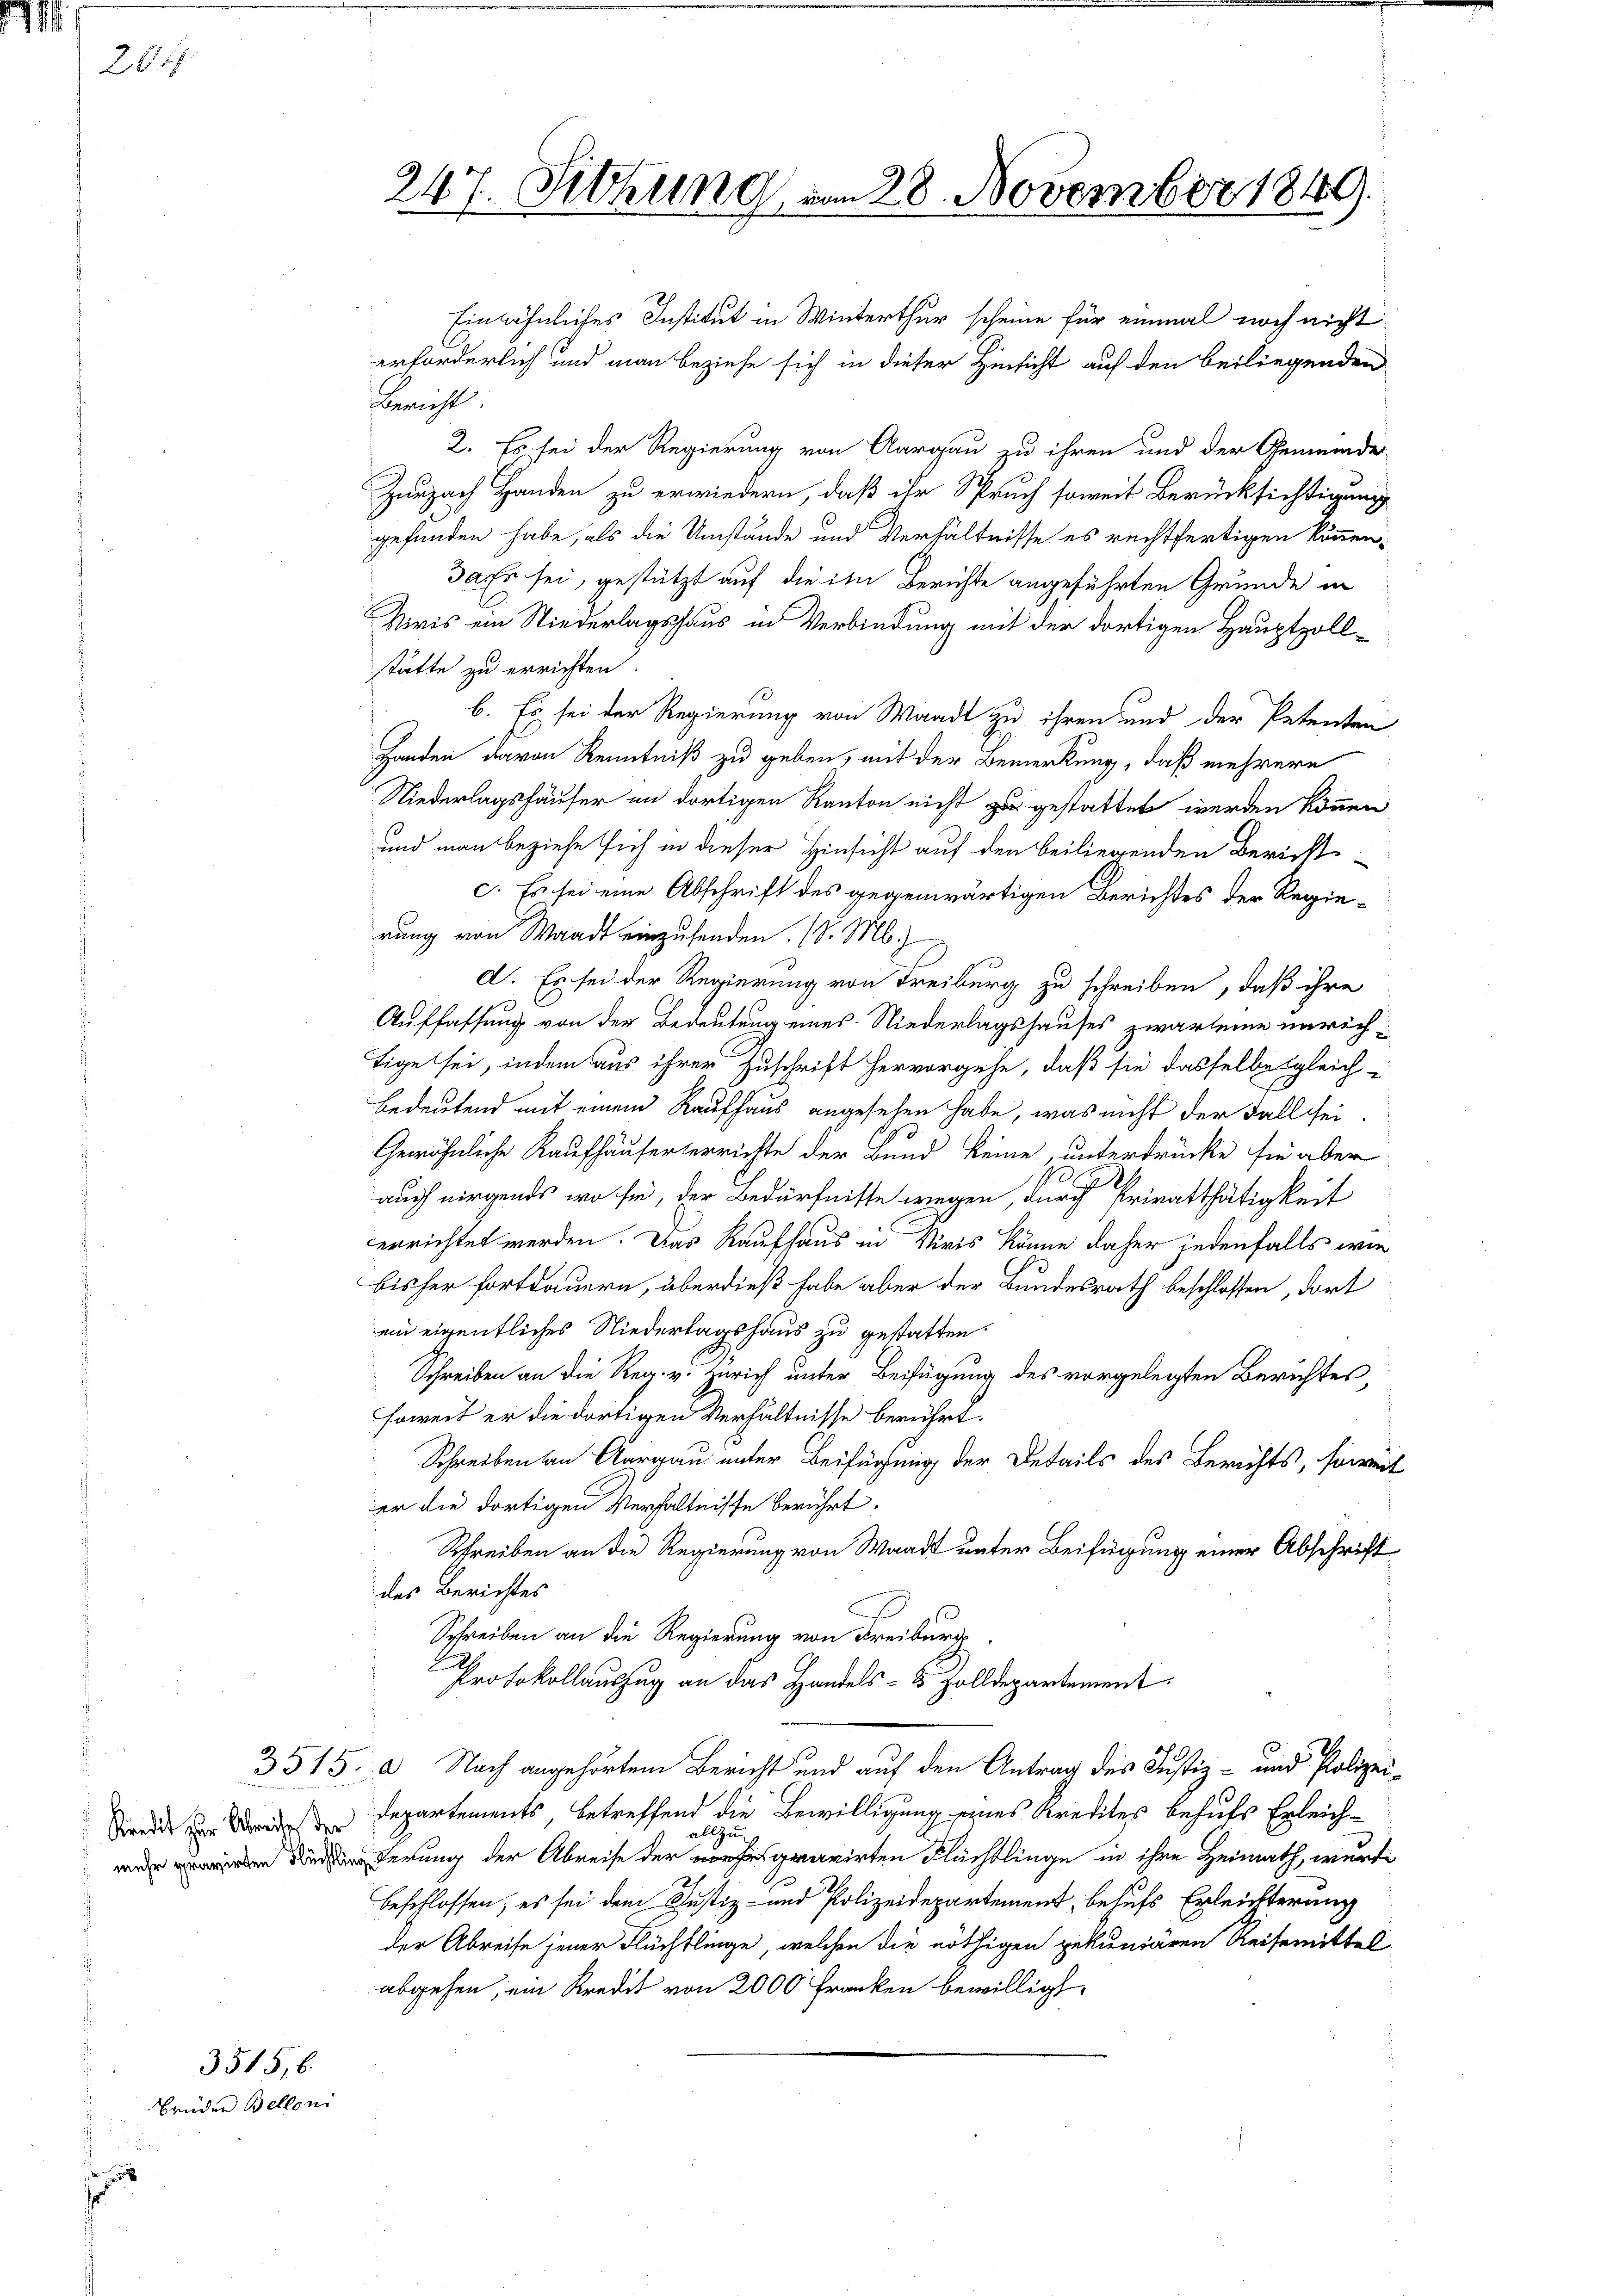
1
204

3515,6.

Brüder Belloni

Einähnliches Institut in Winterthur scheine für einmal noch nicht
erforderlich und man beziehe sich in dieser Hinsicht auf den beiliegenden
Bericht
2. Es sei der Regierung von Aargau zu ihren und der Gemeinde
Zurzach Handen zu erwiedern, daß ihr Spruch soweit Berücksichtigung
gefunden habe, als die Umstände und Verhältnisse es rechtfertigen können,
Jar sei, gestützt auf die im Berichte angeführten Grunde in
Niris ein Niederlagshaus in Verbindung mit der dortigen Hauptzollstätte zu errichten.
b. Es sei der Regierung von Waadt zu ihren und der Petenten
Handen davon Kenntniß zu geben, mit der Bemerkung, daß mehrere
Niederlagshäuser im dortigen Kanton nicht zu gestattet werden können
und man beziehe sich in dieser Hinsicht auf den beiliegenden Bericht
c. Es sei eine Abschrift des gegenwärtigen Berichtes der Regierung von Waadt einzusenden. (v. M.)
d. Es sei der Regierung von Freiburg zu schreiben, daß ihre
Auffassung von der Bedeutung eines Niederlagshauses zwar seine unrichtige sei, indem aus ihrer Zuschrift hervorgehe, daß sie dasselbe gleich
bedeutend mit einem Raufhaus angesehen habe, was nicht der Fall sei¬
Gewöhnliche Kaufhäuserterrichte der Bund keine, unterdrücke sie aber
de
auch nirgends, wo sie, der Bedürfnisse wegen, durch Privatthätigkeit
errichtet werden. Das Kaufhaus in Viris könne daher jedenfalls wie
bisher fortdauern, überdieß habe aber der Bundesrath beschlossen, dort
ein eigentliches Niedertagshaus zu gestatten.
Schreiben an die Reg. v. Zürich unter Beifügung des vorgelegten Berichtes,
soweit er die dortigen Verhältnisse berührt.
Schreiben an Aargau unter Beifügung der Details des Berichts, soweit
er die dortigen Verhältnisse berührt.
Schreiben an die Regierung von Waadt unter Beifügung einer Abschrift
des Berichtes.
Schreiben an die Regierung von Freiburg
.
Protokollauszug an das Handels- 5 Zolldepartement
3515. a Nach angehörtem Bericht und auf den Antrag des Justiz- und Polizeidir des von Briden Departements, betreffend die Bewilligung eines Kredites behufs Erleichallzug
terung der Abreise der gravirten Flüchtlinge in ihre Heimath, wurde
beschlossen, es sei dem Justiz- und Polizeidepartement, behufs Erleichterung
der Abreise jener Flüchtlinge, welchen die nöthigen gekuniären Reisemittel
abgehen, ein Kredit von 2000 Franken bewilligt.

247. Sitzung vom 28. November 1849.